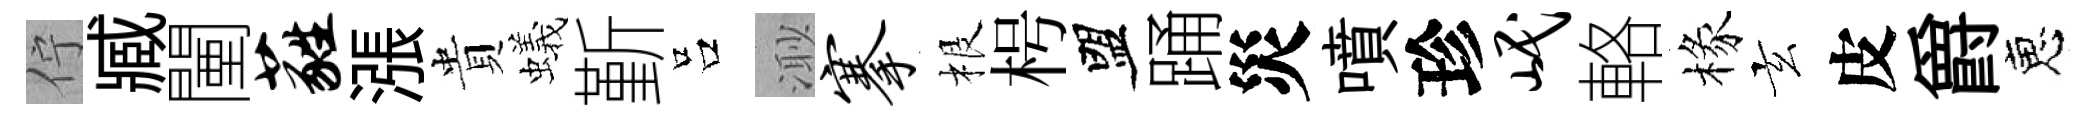
佇臧闉蕤漲貴蟻斳吕𣺌搴根枵盟踊災噴珍岷輅椽玄皮爵恵